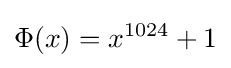
\Phi (x)=x^{1024}+1